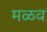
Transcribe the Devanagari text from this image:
मळव